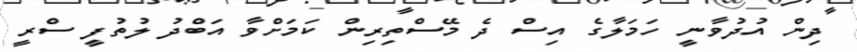
ދިން އުދުވާނީ ހަމަލާގެ އިސް ދެ މޭސްތިރިން ކަމަށްވާ އަބްދު ލުތުފީ ސްރީ